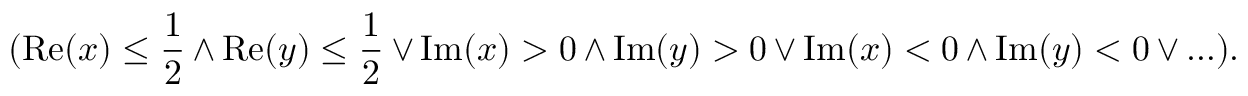
( \operatorname { R e } ( x ) \leq { \frac { 1 } { 2 } } \wedge \operatorname { R e } ( y ) \leq { \frac { 1 } { 2 } } \vee \operatorname { I m } ( x ) > 0 \wedge \operatorname { I m } ( y ) > 0 \vee \operatorname { I m } ( x ) < 0 \wedge \operatorname { I m } ( y ) < 0 \vee \ldots ) .